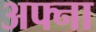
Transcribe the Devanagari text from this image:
अफ्ना